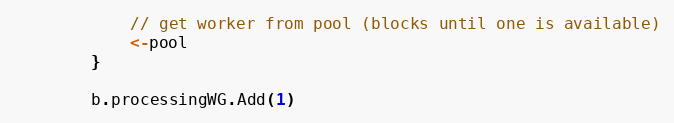
Language: Go
			// get worker from pool (blocks until one is available)
			<-pool
		}

		b.processingWG.Add(1)